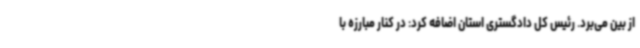
از بین می‌برد. رئیس کل دادگستری استان اضافه کرد: در کنار مبارزه با